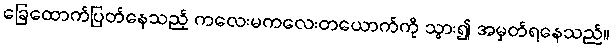
ခြေထောက်ပြတ်နေသည့် ကလေးမကလေးတယောက်ကို သွား၍ အမှတ်ရနေသည်။